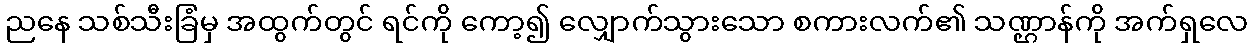
ညနေ သစ်သီးခြံမှ အထွက်တွင် ရင်ကို ကော့၍ လျှောက်သွားသော စကားလက်၏ သဏ္ဌာန်ကို အက်ရှလေ